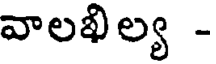
వాలఖిల్య -